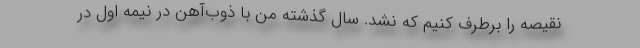
نقیصه را برطرف کنیم که نشد. سال گذشته من با ذوب‌آهن در نیمه اول در